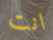
انت